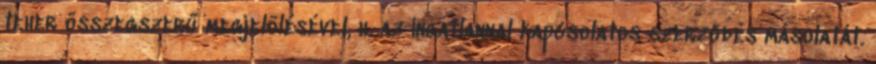
teher összegszerű megjelölésével, h. az ingatlannal kapcsolatos szerződés másolatát.